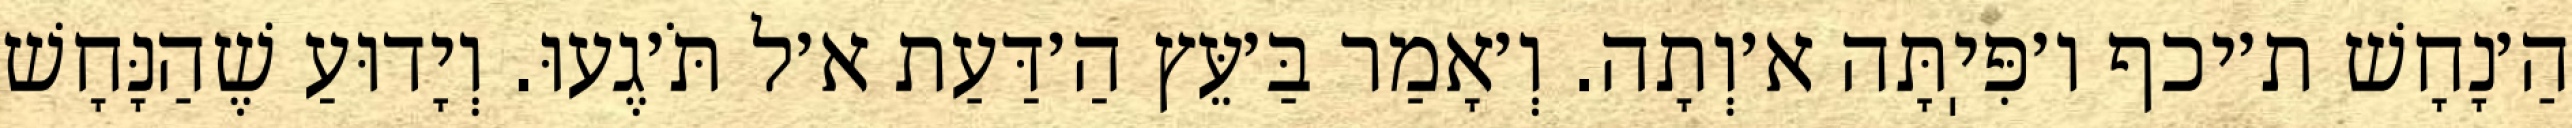
הַ׳נָחָשׁ ת׳יכף ו׳פִּיֽתָּה א׳וְתָה. וְ׳אָמַר בַּ׳עֵּץ הַ׳דַּעַת א׳ל תֹּ׳גֶעוּ. וְיָדוּעַ שֶׁהַנָּחָשׁ